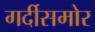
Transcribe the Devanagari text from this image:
गर्दीसमोर